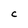
Character: C